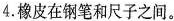
4.橡皮在钢笔和尺子之间。